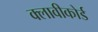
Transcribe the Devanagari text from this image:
क्लावीकोर्ड